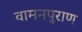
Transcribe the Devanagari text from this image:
वामनपुराण